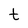
Character: t